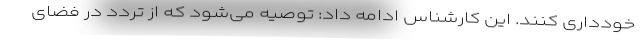
خودداری کنند. این کارشناس ادامه داد: توصیه می‌شود که از تردد در فضای